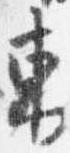
東